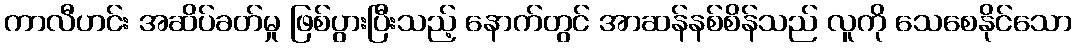
ကာလီဟင်း အဆိပ်ခတ်မှု ဖြစ်ပွားပြီးသည့် နောက်တွင် အာဆန်နစ်စိန်သည် လူကို သေစေနိုင်သော